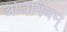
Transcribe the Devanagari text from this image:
अधिनियम्